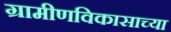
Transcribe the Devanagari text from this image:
ग्रामीणविकासाच्या